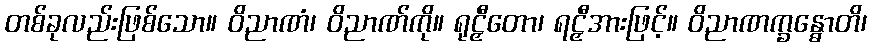
တစ်ခုလည်းဖြစ်သော။ ဝိညာဏံ၊ ဝိညာဏ်ကို။ ရုဠှီတော၊ ရဠှီအားဖြင့်။ ဝိညာဏက္ခန္ဓောတိ၊